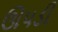
ઊપડી